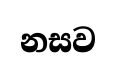
නසව